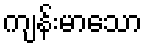
ကျန်းမာသော